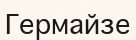
Гермайзе